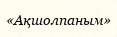
«Ақшолпаным»